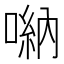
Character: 𠺶